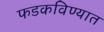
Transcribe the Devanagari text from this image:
फडकविण्यात